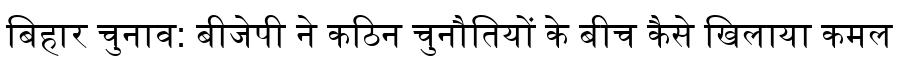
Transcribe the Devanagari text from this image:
बिहार चुनाव: बीजेपी ने कठिन चुनौतियों के बीच कैसे खिलाया कमल